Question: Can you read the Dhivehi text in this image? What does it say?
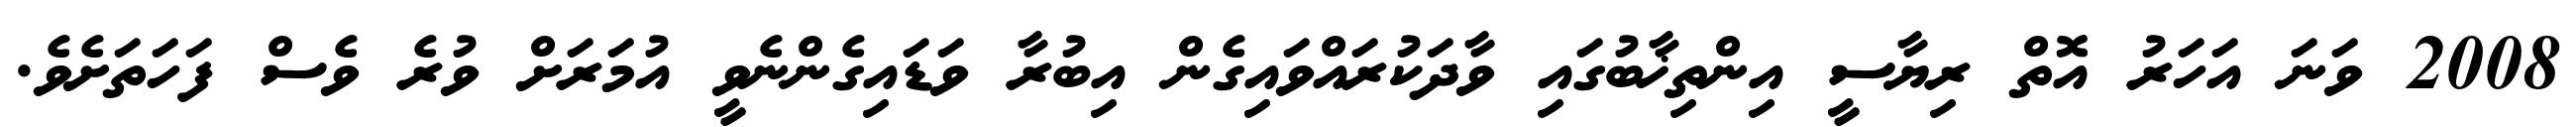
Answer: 2008 ވަނަ އަހަރު އޮތް ރިޔާސީ އިންތިޚާބުގައި ވާދަކުރައްވައިގެން އިބުރާ ވަޑައިގެންނެވީ އުމަރަށް ވުރެ ވެސް ފަހަތަށެވެ.